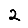
Digit: 2